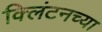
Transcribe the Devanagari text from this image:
क्लिंटनच्या